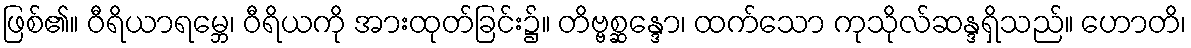
ဖြစ်၏။ ဝီရိယာရမ္ဘေ၊ ဝီရိယကို အားထုတ်ခြင်း၌။ တိဗ္ဗစ္ဆန္ဒော၊ ထက်သော ကုသိုလ်ဆန္ဒရှိသည်။ ဟောတိ၊